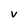
Character: v